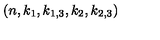
( n , k _ { 1 } , k _ { 1 , 3 } , k _ { 2 } , k _ { 2 , 3 } )